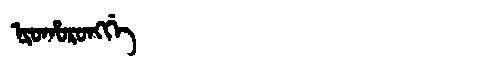
Manchu: ᠨᡳᠣᡥᠣᡵᠣᠩᡤᡝ
Romanization: NIOHORONGGE